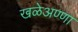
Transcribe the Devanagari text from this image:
खळेअण्णा